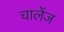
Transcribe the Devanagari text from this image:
चालेंज